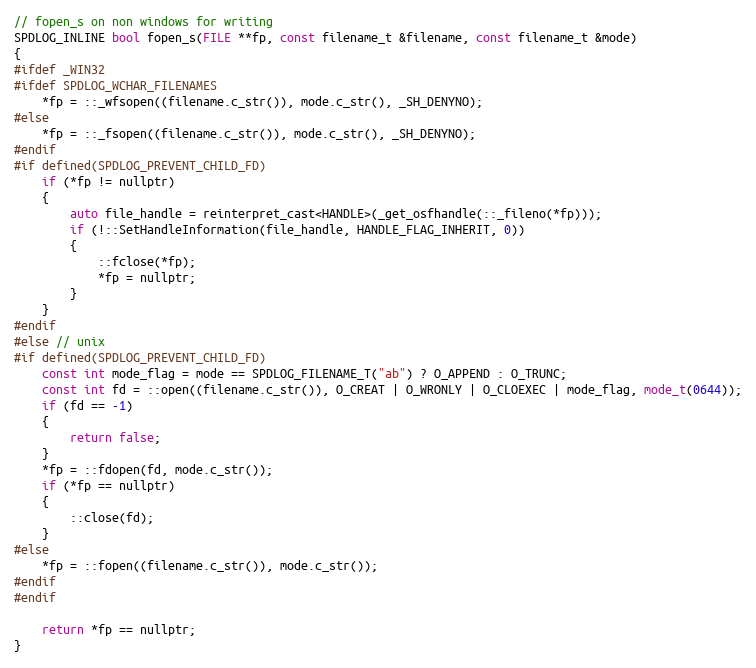
Language: C
// fopen_s on non windows for writing
SPDLOG_INLINE bool fopen_s(FILE **fp, const filename_t &filename, const filename_t &mode)
{
#ifdef _WIN32
#ifdef SPDLOG_WCHAR_FILENAMES
    *fp = ::_wfsopen((filename.c_str()), mode.c_str(), _SH_DENYNO);
#else
    *fp = ::_fsopen((filename.c_str()), mode.c_str(), _SH_DENYNO);
#endif
#if defined(SPDLOG_PREVENT_CHILD_FD)
    if (*fp != nullptr)
    {
        auto file_handle = reinterpret_cast<HANDLE>(_get_osfhandle(::_fileno(*fp)));
        if (!::SetHandleInformation(file_handle, HANDLE_FLAG_INHERIT, 0))
        {
            ::fclose(*fp);
            *fp = nullptr;
        }
    }
#endif
#else // unix
#if defined(SPDLOG_PREVENT_CHILD_FD)
    const int mode_flag = mode == SPDLOG_FILENAME_T("ab") ? O_APPEND : O_TRUNC;
    const int fd = ::open((filename.c_str()), O_CREAT | O_WRONLY | O_CLOEXEC | mode_flag, mode_t(0644));
    if (fd == -1)
    {
        return false;
    }
    *fp = ::fdopen(fd, mode.c_str());
    if (*fp == nullptr)
    {
        ::close(fd);
    }
#else
    *fp = ::fopen((filename.c_str()), mode.c_str());
#endif
#endif

    return *fp == nullptr;
}